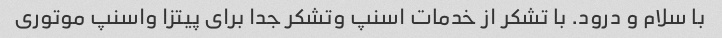
با سلام و درود. با تشکر از خدمات اسنپ وتشکر جدا برای پیتزا واسنپ موتوری